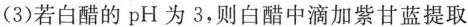
（3）若白醋的pH为3，则白醋中滴加紫甘蓝提取